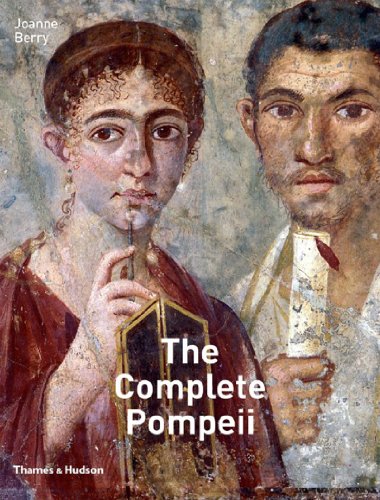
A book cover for The Complete Pompeii (The Complete Series); Joanne Berry; History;